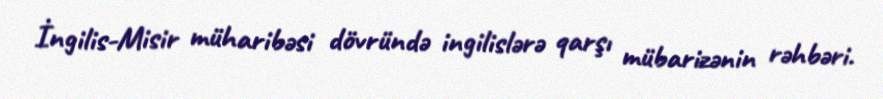
İngilis-Misir müharibəsi dövründə ingilislərə qarşı mübarizənin rəhbəri.